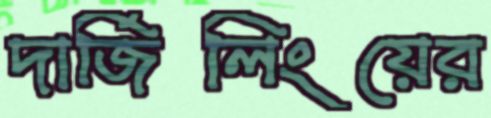
দার্জিলিংয়ের